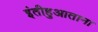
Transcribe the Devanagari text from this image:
इंतीहुआताना